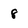
Character: 8